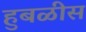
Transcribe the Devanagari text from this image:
हुबळीस